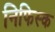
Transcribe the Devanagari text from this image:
निफिस्क